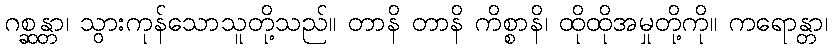
ဂစ္ဆန္တာ၊ သွားကုန်သောသူတို့သည်။ တာနိ တာနိ ကိစ္စာနိ၊ ထိုထိုအမှုတို့ကို။ ကရောန္တာ၊